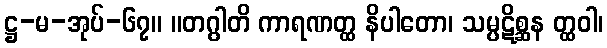
ဋ္ဌ-မ-အုပ်-၆၇။ ။တဂွါတိ ကာရဏတ္ထ နိပါတော၊ သမ္ပဋိစ္ဆန တ္ထဝါ၊